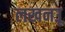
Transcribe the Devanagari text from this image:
लखनउू